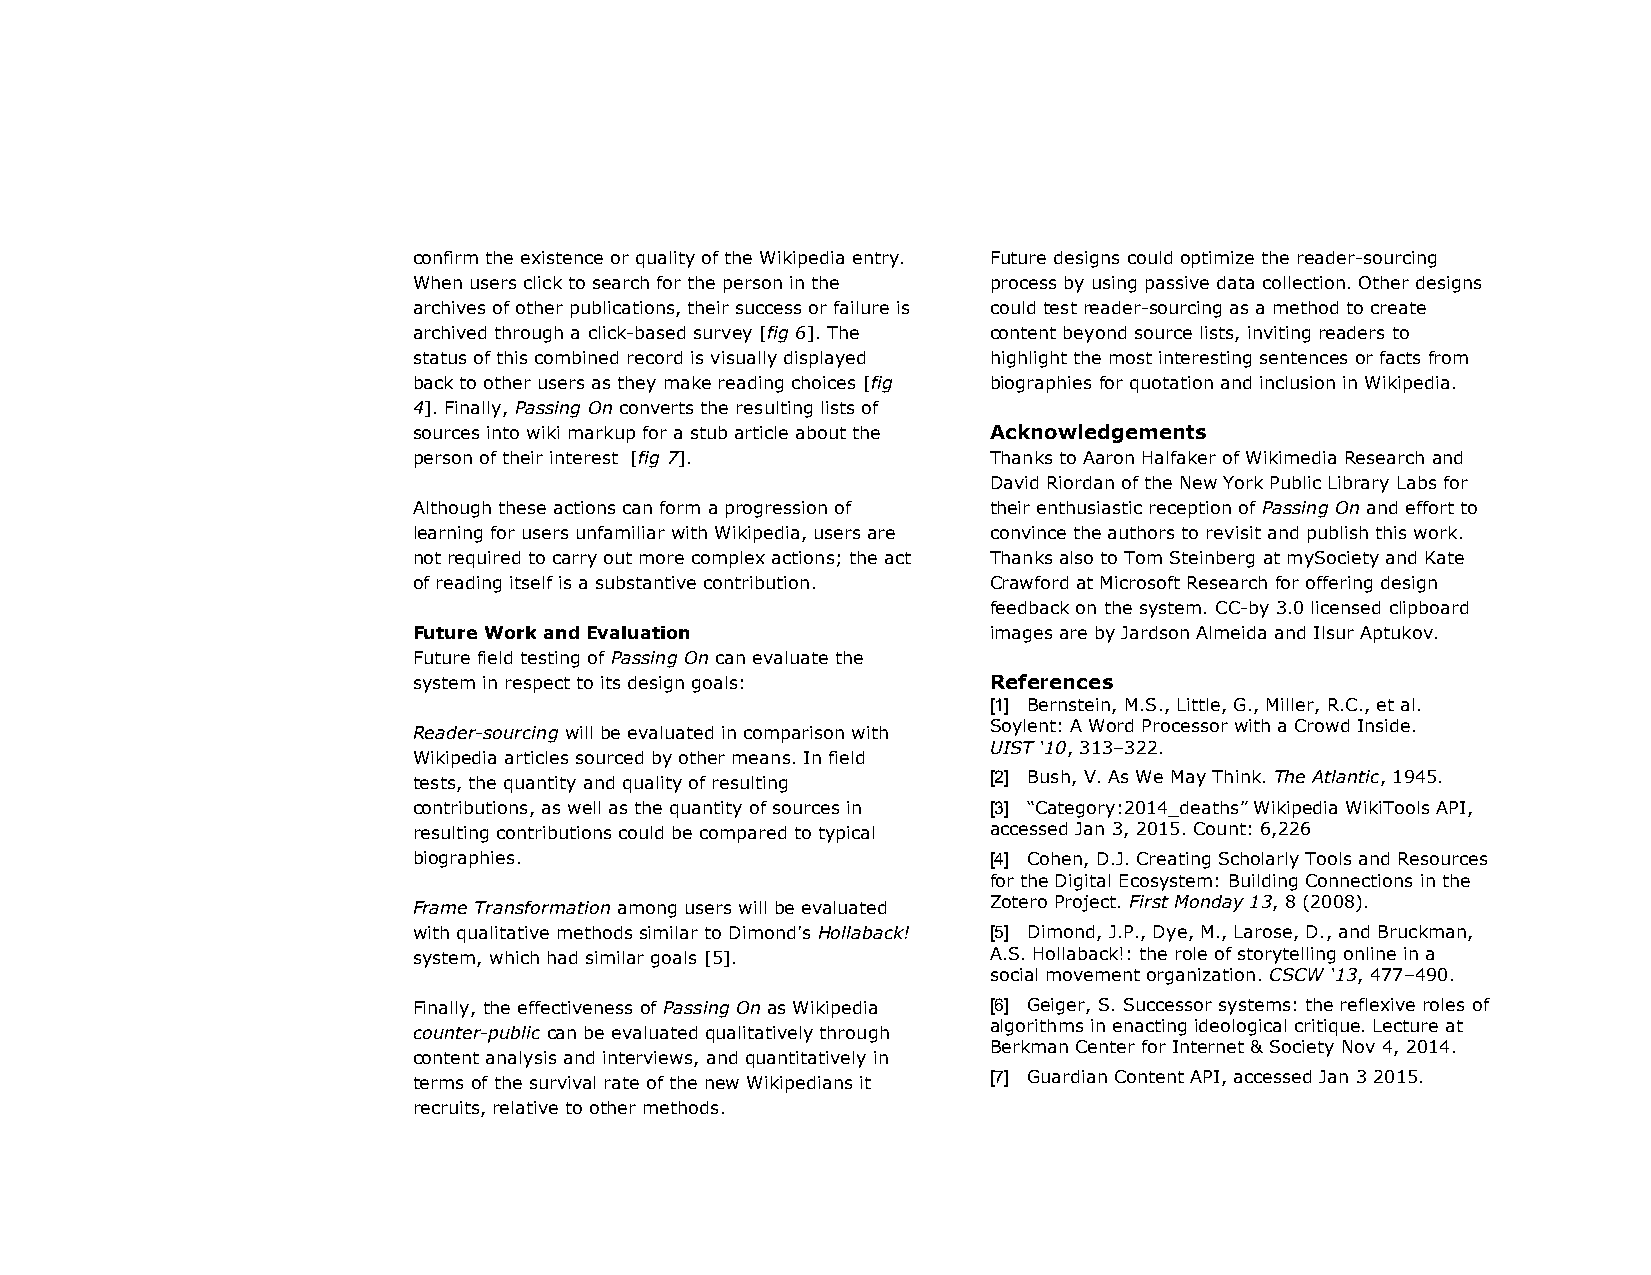
confirm the existence or quality of the Wikipedia entry. Future designs could optimize the reader-sourcing
 When users click to search for the person in the process by using passive data collection. Other designs
 archives of other publications, their success or failure is could test reader-sourcing as a method to create
 archived through a click-based survey [fig 6]. The content beyond source lists, inviting readers to
 status of this combined record is visually displayed highlight the most interesting sentences or facts from
 back to other users as they make reading choices [fig biographies for quotation and inclusion in Wikipedia.
 4]. Finally, Passing On converts the resulting lists of
 sources into wiki markup for a stub article about the Acknowledgements
 person of their interest [fig 7].     Thanks to Aaron Halfaker of Wikimedia Research and
 David Riordan of the New York Public Library Labs for
 Although these actions can form a progression of their enthusiastic reception of Passing On and effort to
 learning for users unfamiliar with Wikipedia, users are convince the authors to revisit and publish this work.
 not required to carry out more complex actions; the act Thanks also to Tom Steinberg at mySociety and Kate
 of reading itself is a substantive contribution. Crawford at Microsoft Research for offering design
 feedback on the system. CC-by 3.0 licensed clipboard
 Future Work and Evaluation            images are by Jardson Almeida and Ilsur Aptukov.
 Future field testing of Passing On can evaluate the
 system in respect to its design goals: References
 [1] Bernstein, M.S., Little, G., Miller, R.C., et al.
 Soylent: A Word Processor with a Crowd Inside.
 Reader-sourcing will be evaluated in comparison with
 UIST ‘10, 313–322.
 Wikipedia articles sourced by other means. In field
 tests, the quantity and quality of resulting [2] Bush, V. As We May Think. The Atlantic, 1945.
 contributions, as well as the quantity of sources in [3] “Category:2014_deaths” Wikipedia WikiTools API,
 resulting contributions could be compared to typical accessed Jan 3, 2015. Count: 6,226
 biographies.                          [4] Cohen, D.J. Creating Scholarly Tools and Resources
 for the Digital Ecosystem: Building Connections in the
 Zotero Project. First Monday 13, 8 (2008).
 Frame Transformation among users will be evaluated
 with qualitative methods similar to Dimond’s Hollaback! [5] Dimond, J.P., Dye, M., Larose, D., and Bruckman,
 system, which had similar goals [5].  A.S. Hollaback!: the role of storytelling online in a
 social movement organization. CSCW ‘13, 477–490.
 Finally, the effectiveness of Passing On as Wikipedia [6] Geiger, S. Successor systems: the reflexive roles of
 algorithms in enacting ideological critique. Lecture at
 counter-public can be evaluated qualitatively through
 Berkman Center for Internet & Society Nov 4, 2014.
 content analysis and interviews, and quantitatively in
 terms of the survival rate of the new Wikipedians it [7] Guardian Content API, accessed Jan 3 2015.
 recruits, relative to other methods.